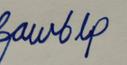
Signature authenticity: forged